Indian journal of veterinary science and animal husbandry - Volume 5,
Year: 1935
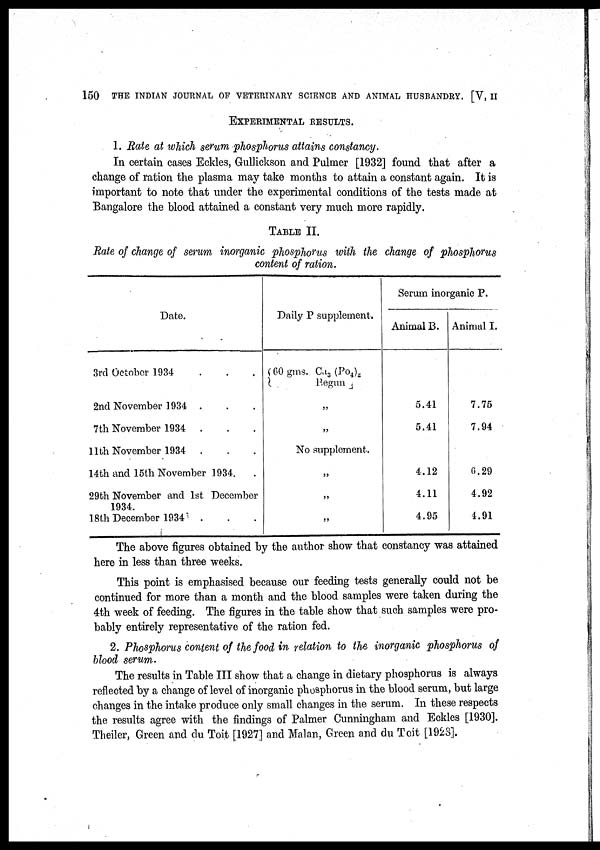
150 THE INDIAN JOURNAL OF VETERINARY SCIENCE AND ANIMAL HUSBANDRY. [V, II
EXPERIMENTAL RESULTS.
1. Rate at which serum phosphorus attains constancy.
In certain cases Eckles, Gullickson and Pulmer [1932] found that after a
change of ration the plasma may take months to attain a constant again. It is
important to note that under the experimental conditions of the tests made at
Bangalore the blood attained a constant very much more rapidly.
TABLE II.
Rate of change of serum inorganic phosphorus with the change of phosphorus
content of ration.
Date.
3rd October 1934 . . .
2nd November 1934 . . .
7th November 1934 . . .
11th November 1934 . . .
14th and 15th November 1934. .
29th November and 1st December
1934.
18th December 1934 . . .
Daily P supplement.
{60 gms. Ca 3 (Po 4 ) 2
Begun
„
„
No supplement.
„
„
„
Serum inorganic P.
Animal B.
5.41
5.41
4.12
4.11
4.95
Animal I.
7.75
7.94
6.29
4.92
1.91
The above figures obtained by the author show that constancy was attained
here in less than three weeks.
This point is emphasised because our feeding tests generally could not be
continued for more than a month and the blood samples were taken during the
4th week of feeding. The figures in the table show that such samples were pro-
bably entirely representative of the ration fed.
2. Phosphorus content of the food in relation to the inorganic phosphorus of
blood serum.
The results in Table III show that a change in dietary phosphorus is always
reflected by a change of level of inorganic phosphorus in the blood serum, but large
changes in the intake produce only small changes in the serum. In these respects
the results agree with the findings of Palmer Cunningham and Eckles [1930].
Theiler, Green and du Toit [1927] and Malan, Green and du Toit [1923].